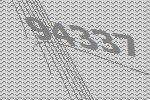
94337